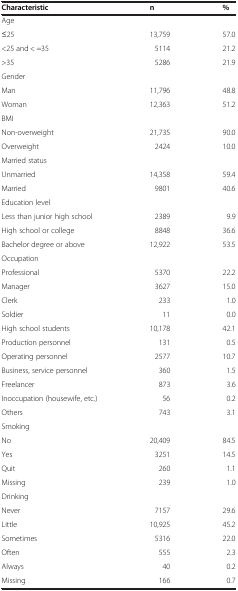
| Characteristic | n | % |
 | --- | --- | --- |
 | Age |  |  |
 | ≤25 | 13,759 | 57.0 |
 | <25 and < =35 | 5114 | 21.2 |
 | >35 | 5286 | 21.9 |
 | Gender |  |  |
 | Man | 11,796 | 48.8 |
 | Woman | 12,363 | 51.2 |
 | BMI |  |  |
 | Non-overweight | 21,735 | 90.0 |
 | Overweight | 2424 | 10.0 |
 | Married status |  |  |
 | Unmarried | 14,358 | 59.4 |
 | Married | 9801 | 40.6 |
 | Education level |  |  |
 | Less than junior high school | 2389 | 9.9 |
 | High school or college | 8848 | 36.6 |
 | Bachelor degree or above | 12,922 | 53.5 |
 | Occupation |  |  |
 | Professional | 5370 | 22.2 |
 | Manager | 3627 | 15.0 |
 | Clerk | 233 | 1.0 |
 | Soldier | 11 | 0.0 |
 | High school students | 10,178 | 42.1 |
 | Production personnel | 131 | 0.5 |
 | Operating personnel | 2577 | 10.7 |
 | Business, service personnel | 360 | 1.5 |
 | Freelancer | 873 | 3.6 |
 | Inoccupation (housewife, etc.) | 56 | 0.2 |
 | Others | 743 | 3.1 |
 | Smoking |  |  |
 | No | 20,409 | 84.5 |
 | Yes | 3251 | 14.5 |
 | Quit | 260 | 1.1 |
 | Missing | 239 | 1.0 |
 | Drinking |  |  |
 | Never | 7157 | 29.6 |
 | Little | 10,925 | 45.2 |
 | Sometimes | 5316 | 22.0 |
 | Often | 555 | 2.3 |
 | Always | 40 | 0.2 |
 | Missing | 166 | 0.7 |